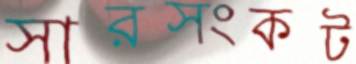
সারসংকট